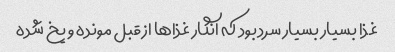
غذا بسیار بسیار سرد بود که انگار غذاها از قبل مونده و یخ شده